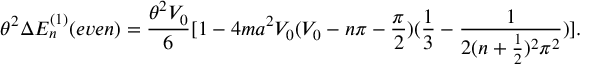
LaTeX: \theta ^ { 2 } \Delta E _ { n } ^ { ( 1 ) } ( e v e n ) = \frac { \theta ^ { 2 } V _ { 0 } } { 6 } [ 1 - 4 m a ^ { 2 } V _ { 0 } ( V _ { 0 } - n \pi - \frac { \pi } { 2 } ) ( \frac { 1 } { 3 } - \frac { 1 } { 2 ( n + \frac { 1 } { 2 } ) ^ { 2 } \pi ^ { 2 } } ) ] .